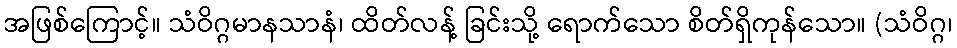
အဖြစ်ကြောင့်။ သံဝိဂ္ဂမာနသာနံ၊ ထိတ်လန့် ခြင်းသို့ ရောက်သော စိတ်ရှိကုန်သော။ (သံဝိဂ္ဂ၊